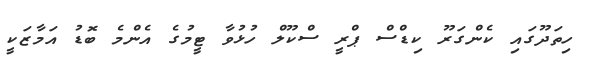
ހިތަދޫގައި ކެންގަރޫ ކިޑްސް ޕްރީ ސްކޫލް ހުޅުވާ ޓީމުގެ އެންމެ ބޮޑު އަމާޒަކީ